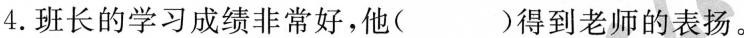
4.班长的学习成绩非常好，他( )得到老师的表扬。